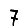
Digit: 7